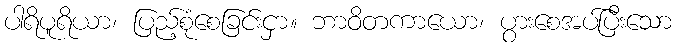
ပါရိပူရိယာ၊ ပြည့်စုံစေခြင်းငှာ။ ဘာဝိတကာယော၊ ပွားစေအပ်ပြီးသော